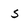
Character: 5